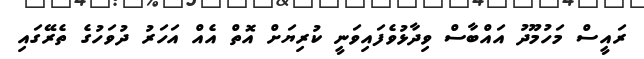
ރައީސް މަހުމޫދު އައްބާސް ވިދާޅުވެފައިވަނީ ކުރިޔަށް އޮތް އެއް އަހަރު ދުވަހުގެ ތެރޭގައި